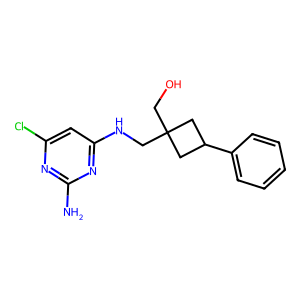
SMILES: Nc1nc(Cl)cc(NCC2(CO)CC(c3ccccc3)C2)n1
Inhibits HIV replication: No